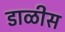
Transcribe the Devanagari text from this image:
डाळीस